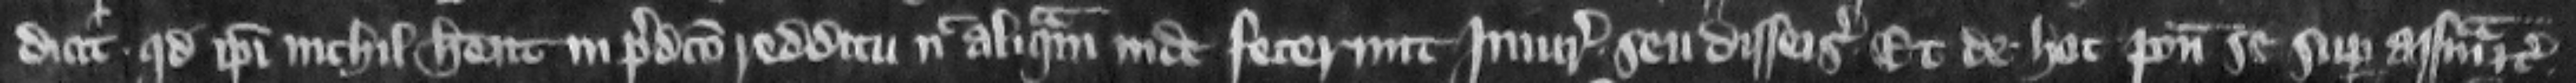
dicit quod ipsi nichil habent in predicto redditu nec aliquam inde fecerunt iniuriam seu disseisinam et de hoc ponunt se super assisam etc.